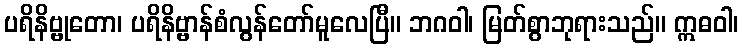
ပရိနိဗ္ဗုတော၊ ပရိနိဗ္ဗာန်စံလွန်တော်မူလေပြီ။ ဘဂဝါ၊ မြတ်စွာဘုရားသည်။ ဣဓဝါ၊